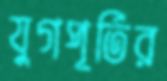
যুগপূর্তির